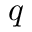
q